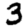
Digit: 3